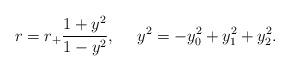
LaTeX: \begin{align*}r = r_+ \frac{1+y^2}{1-y^2}, \ \ \ \ y^2 = -y_0^2 +y_1^2 +y_2^2.\end{align*}